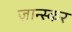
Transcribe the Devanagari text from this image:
ज़ान्स्कर